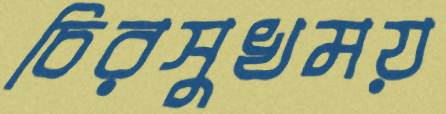
চিরসুখময়